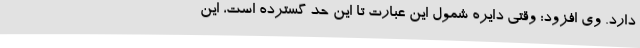
دارد. وی افزود: وقتی دایره شمول این عبارت تا این حد گسترده است، این